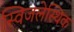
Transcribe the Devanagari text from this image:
स्विजलेस्थिक